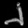
Digit: ၂